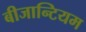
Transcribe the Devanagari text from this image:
बीजान्टियम